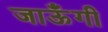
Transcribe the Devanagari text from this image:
जाऊँगी